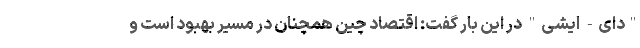
"دای- ایشی" در این بار گفت: اقتصاد چین همچنان در مسیر بهبود است و